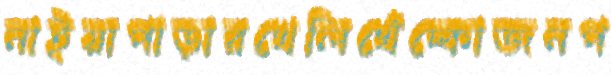
নাইয়াপাড়ারখেলিখেঁচ্‌কোজনপ